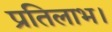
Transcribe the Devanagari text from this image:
प्रतिलाभ।